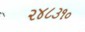
૨૪૮૩૧૦